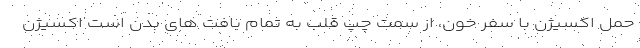
حمل اکسیژن با سفر خون، از سمت چپ قلب به تمام بافت های بدن است اکسیژن